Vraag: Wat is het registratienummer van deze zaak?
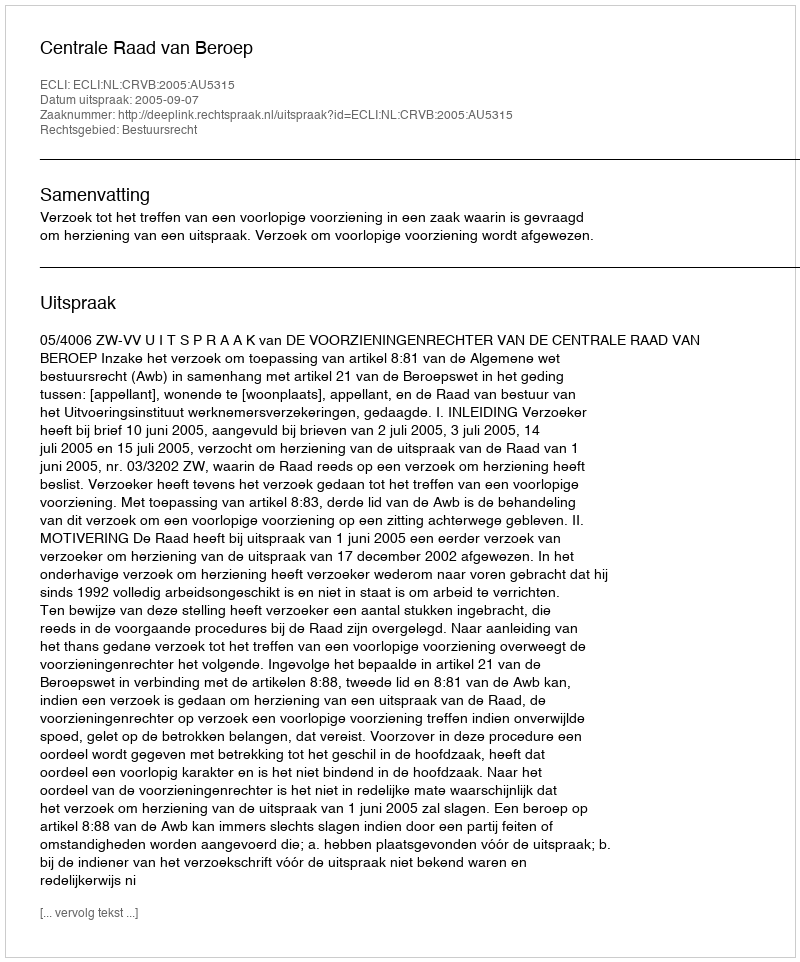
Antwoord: http://deeplink.rechtspraak.nl/uitspraak?id=ECLI:NL:CRVB:2005:AU5315